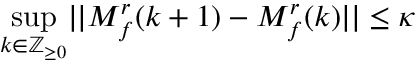
\operatorname* { s u p } _ { k \in \mathbb { Z } _ { \geq 0 } } \lvert | M _ { f } ^ { r } ( k + 1 ) - M _ { f } ^ { r } ( k ) \rvert | \leq \kappa